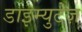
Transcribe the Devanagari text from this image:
डाइम्युटेज़